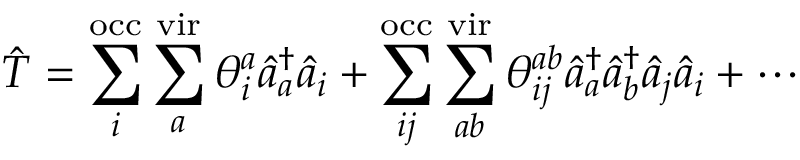
\hat { T } = \sum _ { i } ^ { \mathrm { o c c } } \sum _ { a } ^ { \mathrm { v i r } } \theta _ { i } ^ { a } \hat { a } _ { a } ^ { \dagger } \hat { a } _ { i } + \sum _ { i j } ^ { \mathrm { o c c } } \sum _ { a b } ^ { \mathrm { v i r } } \theta _ { i j } ^ { a b } \hat { a } _ { a } ^ { \dagger } \hat { a } _ { b } ^ { \dagger } \hat { a } _ { j } \hat { a } _ { i } + \cdots